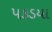
પકડયા